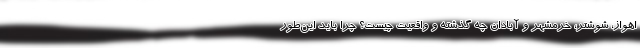
اهواز، شوشتر، خرمشهر و آبادان چه گذشته و واقعیت چیست؟ چرا باید این‌طور